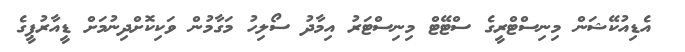
އެޑިއުކޭޝަން މިނިސްޓްރީގެ ސްޓޭޓް މިނިސްޓަރު އިމާދު ސޯލިހު މަގާމުން ވަކިކޮށްދިނުމަށް ޑީއާރުޕީގެ